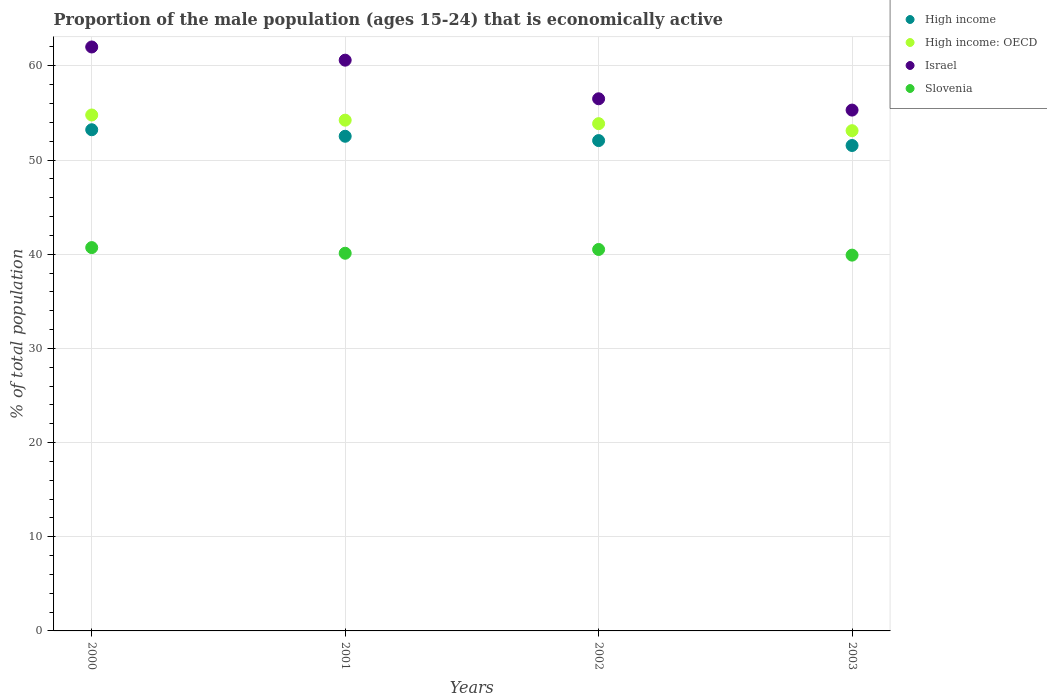
| Years | High income | High income: OECD | Israel | Slovenia |
 | --- | --- | --- | --- | --- |
 | 2000 | 53.2 | 54.8 | 62 | 40.7 |
 | 2001 | 52.5 | 54.2 | 60.6 | 40.1 |
 | 2002 | 52.1 | 53.9 | 56.5 | 40.5 |
 | 2003 | 51.5 | 53.1 | 55.3 | 39.9 |